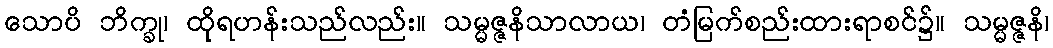
သောပိ ဘိက္ခု၊ ထိုရဟန်းသည်လည်း။ သမ္မဇ္ဇနိသာလာယ၊ တံမြက်စည်းထားရာစင်၌။ သမ္မဇ္ဇနိ၊